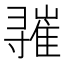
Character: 𪧾